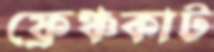
ফ্রেঞ্চকাট